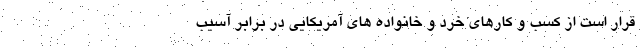
قرار است از کسب و کارهای خرد و خانواده های آمریکایی در برابر آسیب